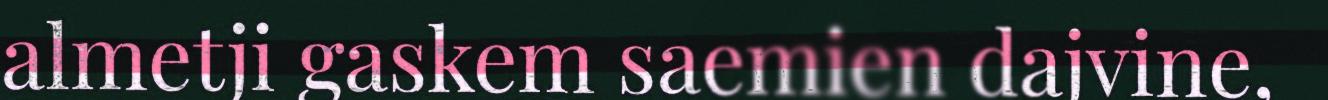
almetji gaskem saemien dajvine,